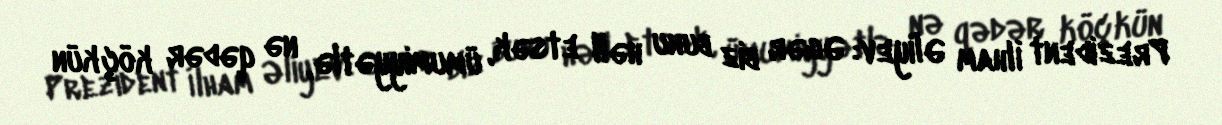
Prezident İlham Əliyev: Əgər biz bunu həll etsək, ümumiyyətlə, nə qədər köçkün